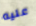
عليه